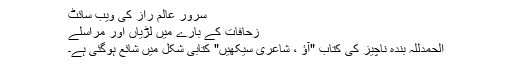
سرور عالم راز کی ویب سائٹ
زحافات کے بارے میں لڑیاں اور مراسلے
الحمدللہ بندۂ ناچیز کی کتاب "آؤ ، شاعری سیکھیں" کتابی شکل میں شائع ہوگئی ہے۔